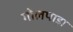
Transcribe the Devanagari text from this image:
गोलपाड़ा